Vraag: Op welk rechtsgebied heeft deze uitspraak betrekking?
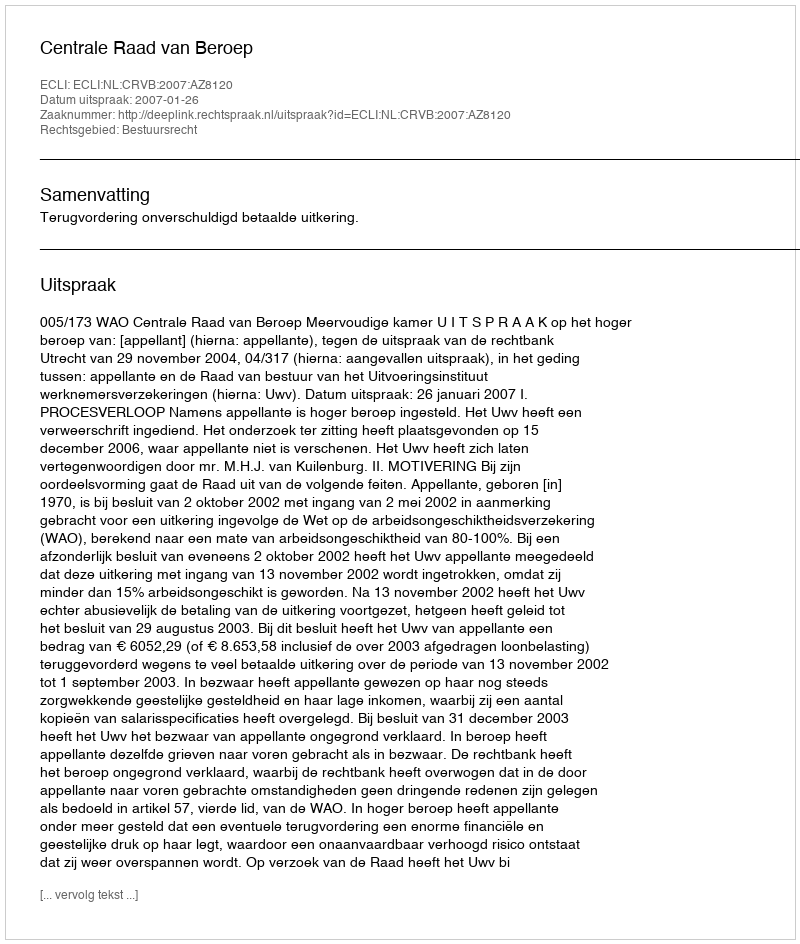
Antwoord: Bestuursrecht